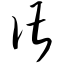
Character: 谌